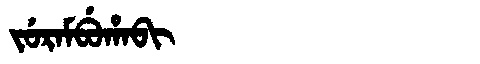
Manchu: ᠵᡠᡵᠠᠮᠪᡠᡥᠠᠪᡳ
Romanization: JURAMBUHABI